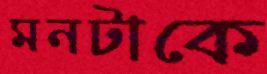
মনটাকে